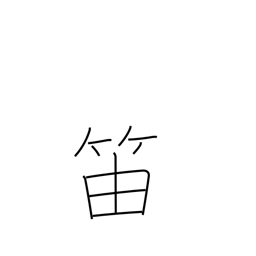
Meaning: clarinet